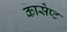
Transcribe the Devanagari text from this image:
कासेप्ट